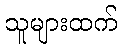
သူများထက်